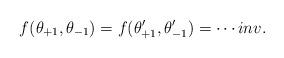
LaTeX: \begin{align*}f(\theta_{+1},\theta_{-1})=f(\theta'_{+1},\theta'_{-1})=\cdots inv.\end{align*}